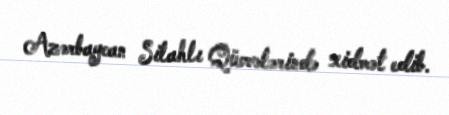
Azərbaycan Silahlı Qüvvələrində xidmət edib.